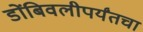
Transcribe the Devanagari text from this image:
डोंबिवलीपर्यंतचा